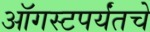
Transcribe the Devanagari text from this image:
ऑगस्टपर्यंतचे